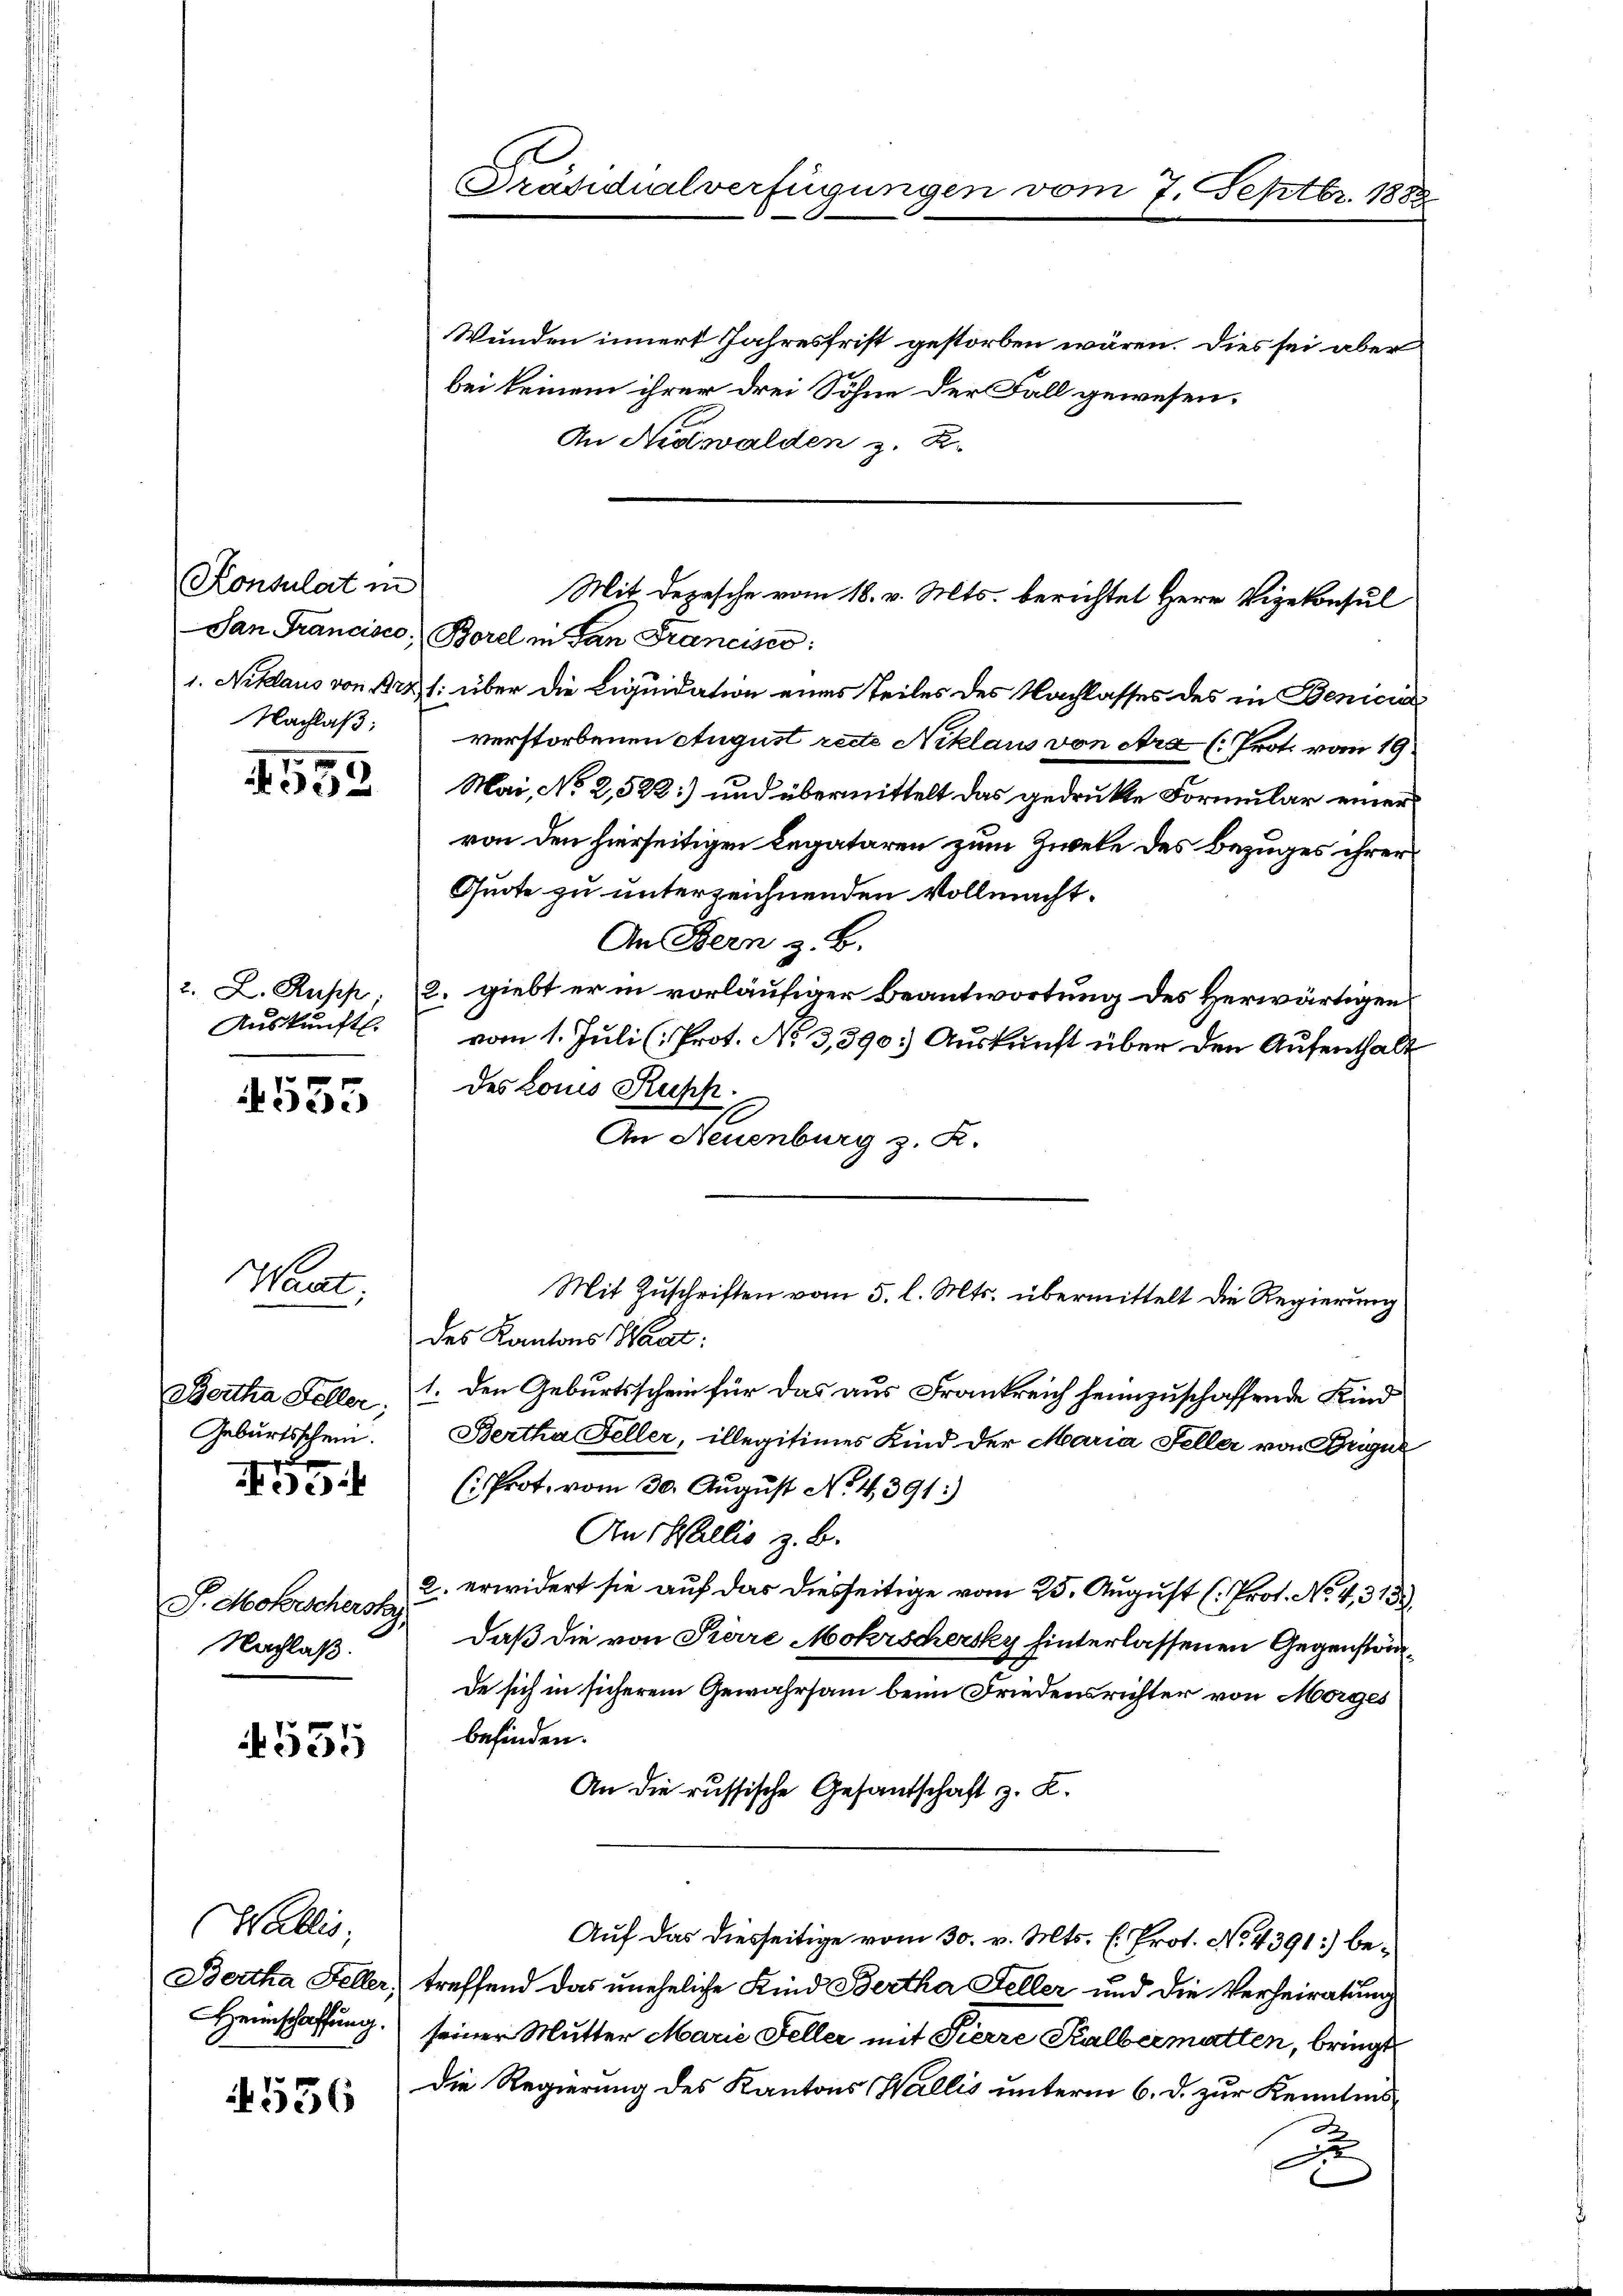
Konsulat in
Nachlaß:

4552

2. L. Rusch.
Auskunft

4535

Want

Bortha Feller;
Geburtsschein.
15

J. Mohrschersky
Nachlaß.

555

Wallis,
Bertha Feller;
Heimschaffung.

556

Präsidialverfügungen vom 7. Septbr. 1882

Wunden innert Jahresfrist gestorben wären. Dies sei aber
bei keinem ihrer drei Söhne der Fall gewesen.
An Nidwalden z. B.
San Francisco, Borel in San Francisco
1. Niklaus von Brz l. über die Liquidation eines Teiles des Nachlasses des in Benicu
verstorbenen August recte Niklaus von Ara (Prot. vom 19.
Mai, No 2,522) und übermittelt das gedrukte Formular einer
von den hierseitigen Legataren zum Zweke des Bezuges ihrer
Quote zu unterzeichnenden Vollmacht.
An Bern z. B.
2. giebt er in vorläufiger Beantwortung des Herwärtigen
vom 1. Juli (Prot. No 3,390) Auskunft über den Aufenthalt
des Louis Kuss.
An Neuenburg z. R.
Mit Zuschriften vom 5. l. Mts. übermittelt die Regierung
des Kantons Waat:
1. den Geburtsschein für das aus Frankreich heimzuschaffende Kind
Bertha Feller, illegitimes Kind der Maria Feller von Brigue
(Prot. vom 30. August No. 4391:)
An Wallis z. B.
2. erwidert sie auf das diesseitige vom 25. August (Prot. No. 4, 315.)
daß die von Pierre Mohrschersky hinterlassenen Gegenständde sich in sicherem Gewahrsam beim Friedensrichter von Morges
befinden.
An die russische Gesandschaft z. K.
Auf das diesseitige vom 30. v. Mts. E. Prot. No. 4391) betreffend das uneheliche Kind Bertha Feller und die Verheiratung
seiner Mutter Marie Feller mit Pierre Kalbermatten, bringt
Die Regierung des Kantons Wallis unterm 6. d. zur Kenntnis
D

Mit Depesche vom 18. v. Mts. berichtet Herr Vizekonsul